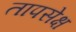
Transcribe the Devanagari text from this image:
तापसेक्ष